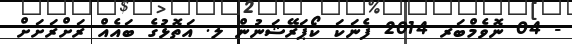
- 04 ނޮވެމްބަރ 2014 ފެނަކަ ކޯޕަރޭޝަނުން ލ. އަތޮޅުގެ ބައެއް ރަށްރަށަށް